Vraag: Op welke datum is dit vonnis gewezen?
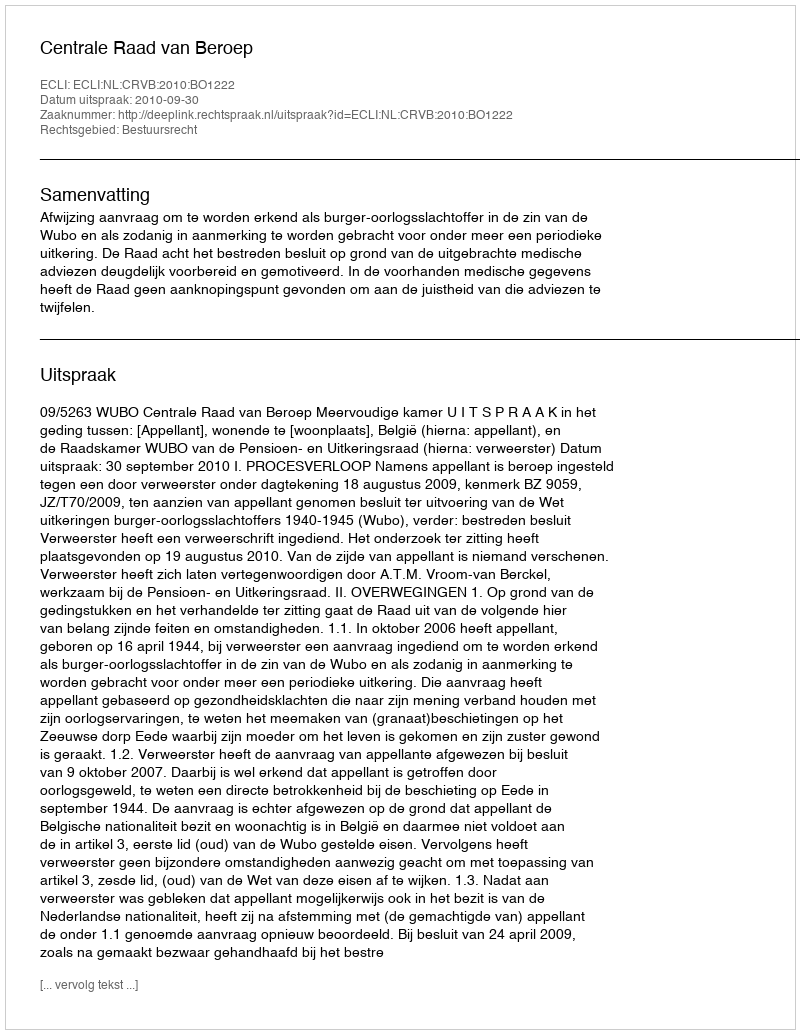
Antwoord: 2010-09-30